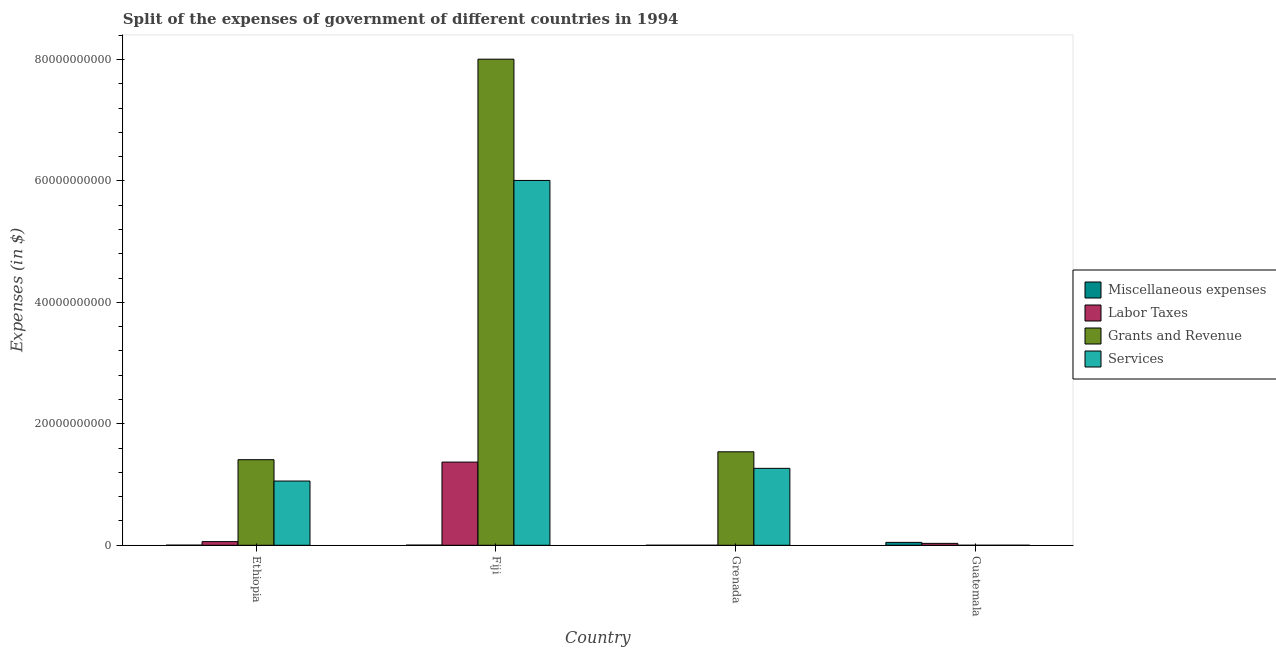
| Country | Miscellaneous expenses | Labor Taxes | Grants and Revenue | Services |
 | --- | --- | --- | --- | --- |
 | Ethiopia | 1.81e+07 | 6.03e+08 | 1.41e+10 | 1.06e+10 |
 | Fiji | 2.37e+07 | 1.37e+10 | 8.00e+10 | 6.01e+10 |
 | Grenada | 1.17e+06 | 1.07e+05 | 1.54e+10 | 1.27e+10 |
 | Guatemala | 4.79e+08 | 3.14e+08 | 4.09e+05 | 1.49e+06 |